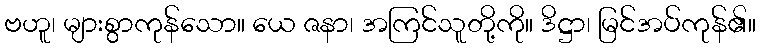
ဗဟူ၊ များစွာကုန်သော။ ယေ ဇနာ၊ အကြင်သူတို့ကို။ ဒိဋ္ဌာ၊ မြင်အပ်ကုန်၏။